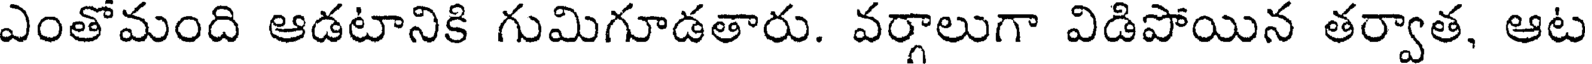
ఎంతోమంది ఆడటానికి గుమిగూడతారు. వర్గాలుగా విడిపోయిన తర్వాత, ఆట